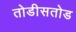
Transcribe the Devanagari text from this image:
तोडीसतोड